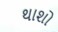
થાશો